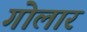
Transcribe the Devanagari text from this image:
गोलार